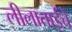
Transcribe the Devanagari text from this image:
लीलाताईंचे